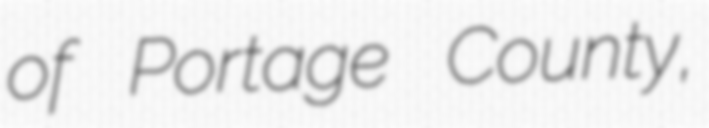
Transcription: of Portage County,